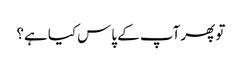
تو پھر آپ کے پاس کیا ہے؟